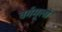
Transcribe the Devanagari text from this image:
वर्गमूलों